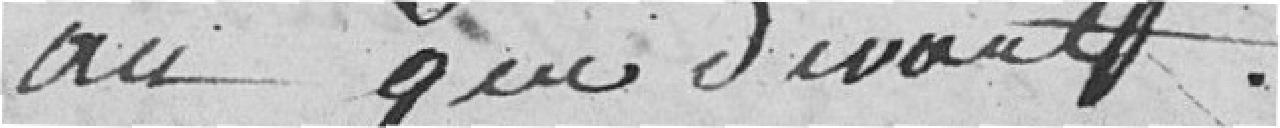
au que devaut